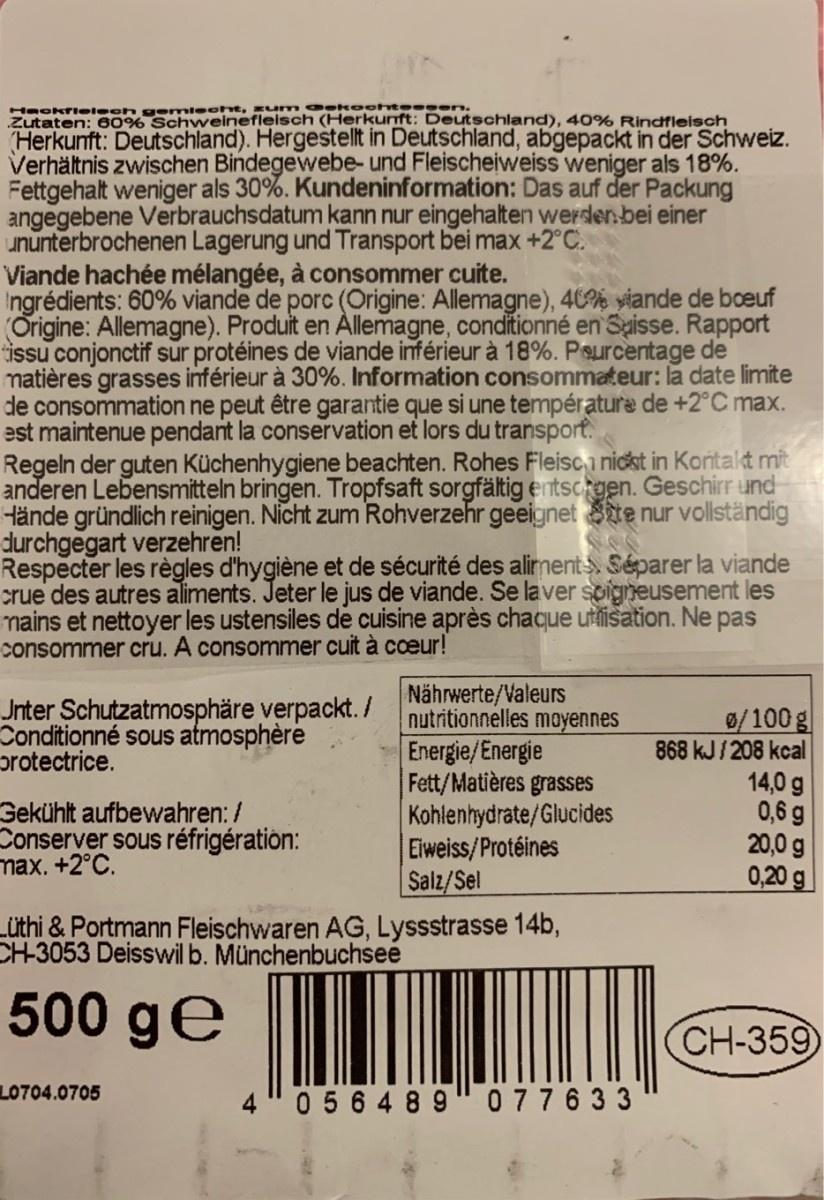
zum a ekoo erie weinefleisch (Herkunft: Deutschland), 40% Rindfleisch Zutaten: 60% Herkunft: Deutschland). Hergestellt in Deutschland, abgepackt in der Schweiz. Verhältnis zwischen Bindegewebe- und Fleischeiweiss weniger als 18%. Fettgehalt weniger als 30%. Kundeninformation: Das auf der Packung angegebene Verbrauchsdatum kann nur eingehalten werden.bei einer ununterbrochenen Lagerung und Transport bei max +2°C. Viande hachée mélangée, à consommer cuite. Ingrédients: 60% viande de porc (Origine: Allemagne), 40% yiande de bceuf (Origine: Allemagne). Produit en Allemagne, conditionné en Spisse. Rapport issu conjonctif sur protéines de viande inférieur à 18%. Pssurcentage de matières grasses inférieur à 30%. Information consommateur: la date limite de consommation ne peut être garantie que si une température de +2°C max. est maintenue pendant la conservation et lors du transport. Regeln der guten Küchenhygiene beachten. Rohes Fleisc i nicst in Koritakt mit anderen Lebensmitteln bringen. Tropfsaft sorgfältig entscrgen. Geschirr und Hände gründlich reinigen. Nicht zum Rohverzehr geeignet te nur vollständig durchgegart verzehren! Respecter les règles d'hygiène et de sécurité des alirnent Séparer la viande crue des autres aliments. Jeter le jus de viande. Se laver soigneusement les mains et nettoyer les ustensiles de cuisine après chaque utlisation. Ne pas consommer cru. A consommer cuit à coeur! Nährwerte/Valeurs nutritionnelles moyennes Jnter Schutzatmosphäre verpackt. / Conditionné sous atmosphère protectrice. 0/100g 868 kJ/ 208 kcal 14,0 g 0,6 g 20,0 g 0,20g Energie/Energie Fett/Matières grasses Kohlenhydrate/Glucides Eiweiss/Protéines Salz/Sel Lüthi & Portmann Fleischwaren AG, Lyssstrasse 14b, Gekühlt aufbewahren: / Conserver sous réfrigération: max. +2°C. CH-3053 Deisswil b. Münchenbuchsee 500 ge CH-359 LO704.0705 4 "0 5 6 4 89" 0 77 6 3 3